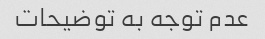
عدم توجه به توضیحات